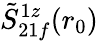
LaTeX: \tilde{S}_{21f}^{1z}(r_{0})